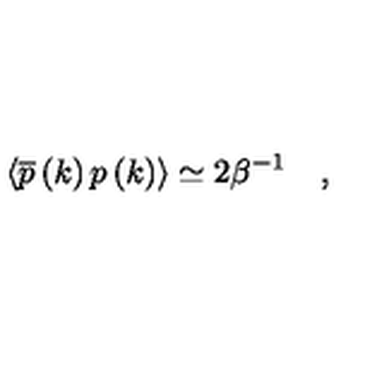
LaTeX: \left\langle \overline { { p } } \left( k \right) p \left( k \right) \right\rangle \simeq 2 \beta ^ { - 1 } \quad ,